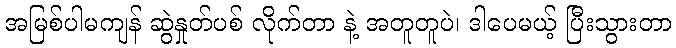
အမြစ်ပါမကျန် ဆွဲနှုတ်ပစ် လိုက်တာ နဲ့ အတူတူပဲ၊ ဒါပေမယ့် ပြီးသွားတာ